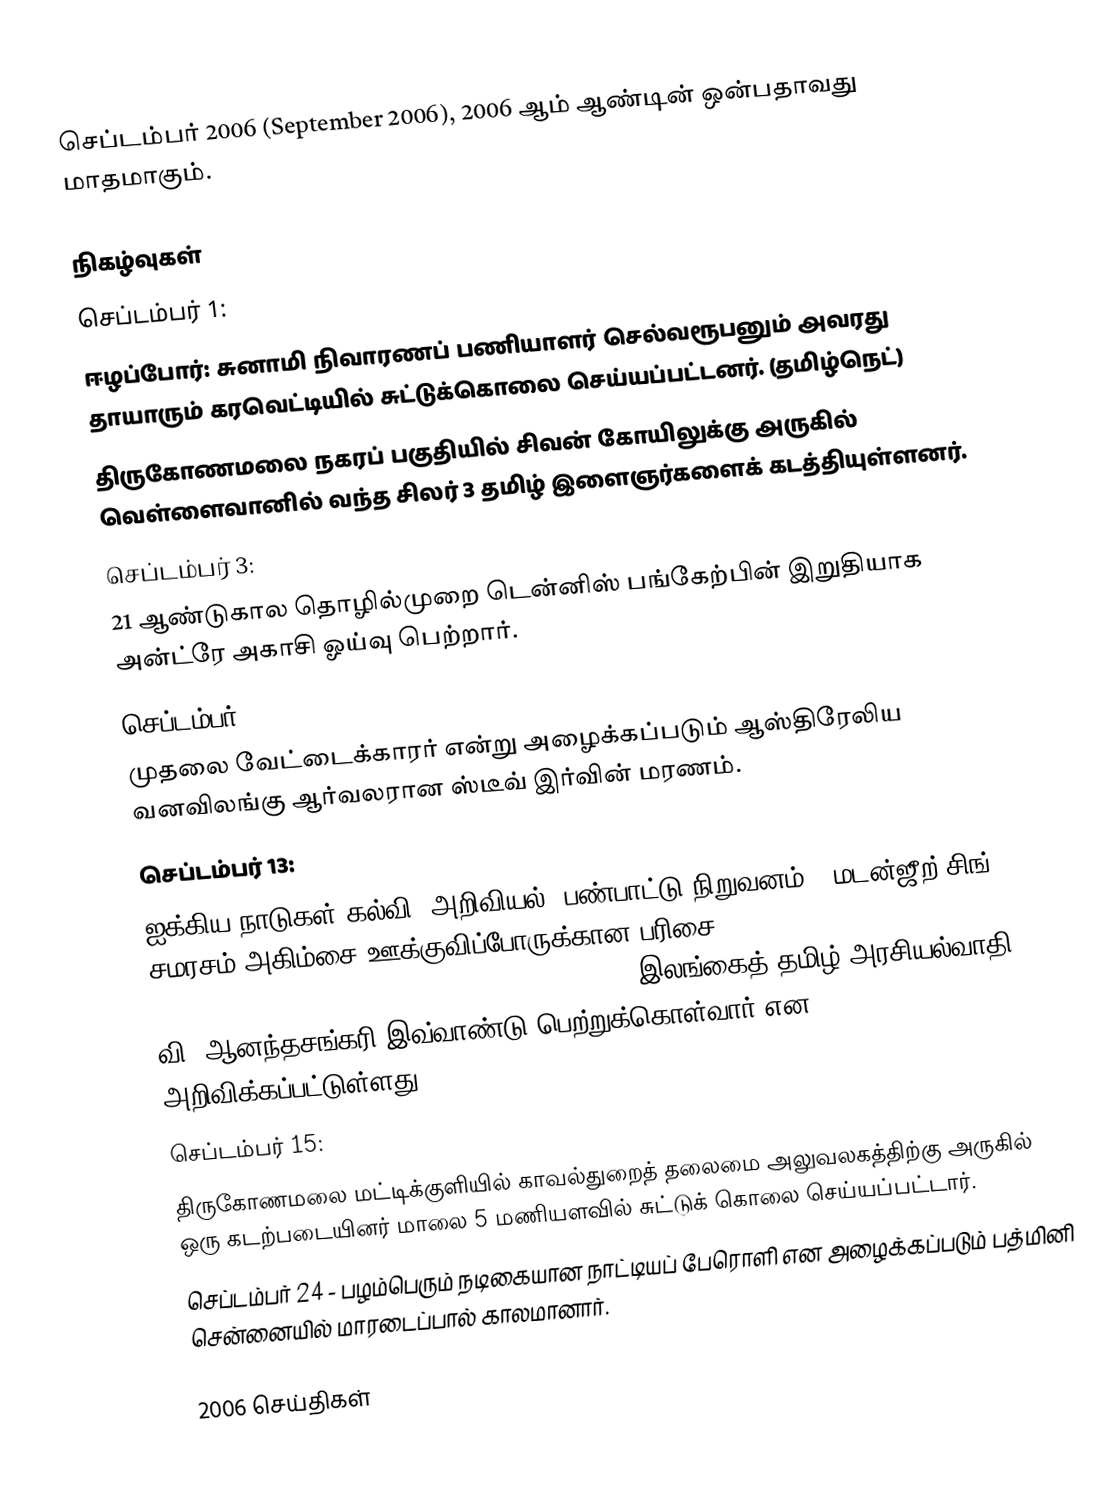
செப்டம்பர் 2006 (September 2006), 2006 ஆம் ஆண்டின் ஒன்பதாவது மாதமாகும்.

நிகழ்வுகள்
செப்டம்பர் 1:
ஈழப்போர்: சுனாமி நிவாரணப் பணியாளர் செல்வரூபனும் அவரது தாயாரும் கரவெட்டியில் சுட்டுக்கொலை செய்யப்பட்டனர். (தமிழ்நெட்)
திருகோணமலை நகரப் பகுதியில் சிவன் கோயிலுக்கு அருகில் வெள்ளைவானில் வந்த சிலர் 3 தமிழ் இளைஞர்களைக் கடத்தியுள்ளனர்.
செப்டம்பர் 3:
21 ஆண்டுகால தொழில்முறை டென்னிஸ் பங்கேற்பின் இறுதியாக அன்ட்ரே அகாசி ஓய்வு பெற்றார்.
செப்டம்பர் 4:
முதலை வேட்டைக்காரர் என்று அழைக்கப்படும் ஆஸ்திரேலிய வனவிலங்கு ஆர்வலரான ஸ்டீவ் இர்வின் மரணம்.
செப்டம்பர் 13:
ஐக்கிய நாடுகள் கல்வி, அறிவியல், பண்பாட்டு நிறுவனம் - மடன்ஜீற் சிங் சமரசம் அகிம்சை ஊக்குவிப்போருக்கான பரிசை (UNESCO-Madanjeet Singh Prize for the Promotion of Tolerance and Non-Violence) இலங்கைத் தமிழ் அரசியல்வாதி வி. ஆனந்தசங்கரி இவ்வாண்டு பெற்றுக்கொள்வார் என அறிவிக்கப்பட்டுள்ளது.
செப்டம்பர் 15:
திருகோணமலை மட்டிக்குளியில் காவல்துறைத் தலைமை அலுவலகத்திற்கு அருகில் ஒரு கடற்படையினர் மாலை 5 மணியளவில் சுட்டுக் கொலை செய்யப்பட்டார்.
 செப்டம்பர் 24 - பழம்பெரும் நடிகையான நாட்டியப் பேரொளி என அழைக்கப்படும் பத்மினி சென்னையில் மாரடைப்பால் காலமானார்.

2006 செய்திகள்